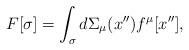
LaTeX: \begin{align*}F[\sigma ]=\int_\sigma {d\Sigma _\mu (x'')f^\mu [x'']}, \end{align*}